Annual statistical returns and brief notes on vaccination in Bengal - 1896-1909
Year: 1896
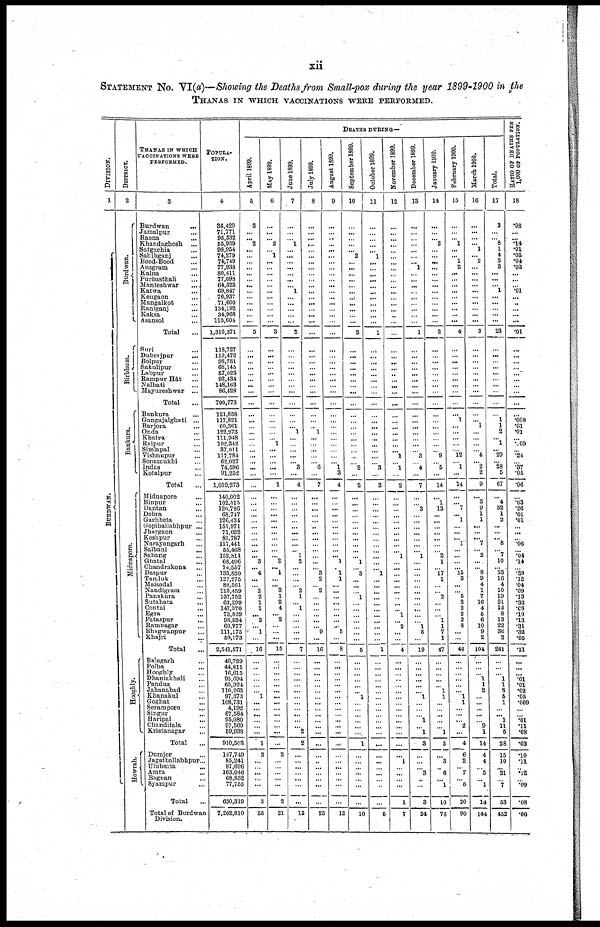
xii
STATEMENT NO. VI(a)—Showing the Deaths from Small-pox during the year 1899-1900 in the
THANAS IN WHICH VACCINATIONS WERE PERFORMED.
DIVISION.
1
BURDWAN.
DISTRICT.
2
Burdwan.
Birbhum.
Bankura.
Midnapore.
Hooghly.
Howrah.
THANAS IN WHICH
VACCINATIONS WERE
PERFORMED.
3
Burdwan...
Jamalpur...
Raona...
Khandaghosh...
Satgachia...
Sahibganj...
Bood-Bood...
Ausgram...
Kalna...
Purbasthali...
Manteshwar...
Katwa...
Keugaon...
Mangalkot...
Raniganj...
Kaksa...
Asansol...
Total...
Suri...
Dubrajpur...
Bolpur...
Sakulipur...
Labpur...
Rampur Hât...
Nalhati...
Mayureshwar...
Total...
Bankura...
Gangajalghati...
Barjora...
Onda...
Khatra...
Rajpur...
Simlapal...
Vishnupur...
Sonamukhi...
Indas...
Kotalpur...
Total...
Midnapore...
Binpur...
Dantan...
Debra...
Garhbeta...
Gopiballabhpur ...
Jhargaon...
Keshpur...
Narayangarh...
Salbani...
Sabang...
Ghatal...
Chandrakona...
Daspur...
Tamluk...
Maisadal...
Nandigram...
Panskura...
Sutahata...
Contai...
Egra...
Pataspur...
Ramnagar...
Bhagwanpur...
Khajri...
Total...
Balagarh...
Polba...
Hooghly...
Dhaniakhali...
Pandua...
Jahanabad...
Khanakul...
Goghat...
Serampore...
Singur...
Haripal...
Chanditala...
Kristanagar...
Total...
Dumjor...
Jagatballabhpur...
Ulubaria...
Amta...
Bagnan...
Syampur...
Total...
Total of Burdwan
Division.
POPULA-
TION.
4
36,429
71,771
95,332
55,939
98,954
74,279
74,749
77,938
80,411
77,098
64,323
69,847
76,937
71,600
134,192
34,968
115,604
1,310,371
118,727
119,472
98,781
68,145
57,623
93,434
148,163
86,428
790,773
121,858
117,821
60,361
122,273
111,948
102,342
37,011
117,784
62,027
74,596
91,252
1,019,273
140,002
102,515
120,786
68,747
126,434
151,971
71,022
83,787
117,441
55,468
152,811
68,496
74,557
133,830
127,275
89,561
110,459
137,752
63,299
147,370
73,829
93,534
69,277
111,175
50,173
2,541,571
46,729
44,811
16,615
95,694
65,924
110,263
97,373
108,731
4,192
67,584
95,080
97,569
59,938
910,503
147,749
85,241
87,696
163,046
68,832
77,755
630,319
7,202,810
DEATHS DURING—
April 1899.
5
3
...
... 2
...
...
...
...
...
...
...
...
...
...
...
...
...
5
...
...
...
...
...
...
...
...
...
...
...
...
...
...
...
...
... ...
...
...
...
...
...
...
...
...
...
...
...
...
...
... 3
... 4
...
...
2
2
1
1
...
2
...
1
...
16
...
..
...
...
...
... 1
...
...
...
...
...
...
1
3
...
...
...
...
...
3
25
May 1899.
6
...
...
... 2
...
1
...
...
...
...
...
...
...
...
...
...
...
3
...
...
...
...
...
...
...
...
...
...
...
...
...
...
1
...
...
...
...
...
1
...
...
...
...
...
...
...
...
...
...
...
2
... 1
...
... 3
1
2
4
... 2
...
...
...
15
...
...
...
...
...
...
...
...
...
...
...
...
...
...
2
...
...
...
...
...
2
21
June 1899.
7
...
...
...
1
...
...
...
...
...
...
... 1
...
...
...
...
...
2
...
...
...
...
...
...
...
...
...
...
...
... 1
...
...
...
...
...
3
...
4
...
...
...
...
...
...
...
...
... ...
1
2
...
...
...
...
2
1
...
1
...
...
...
...
...
7
...
...
...
...
...
...
...
...
...
...
...
...
2
2
...
...
...
...
...
...
...
15
July 1899.
8
...
...
...
...
...
...
...
...
...
...
...
...
...
...
...
...
...
...
...
...
...
...
...
...
...
...
...
...
...
... 1
...
...
...
...
... 6
...
7
...
...
...
... ...
...
...
...
...
...
...
...
...
3
2
...
2
...
...
...
...
...
...
9
...
16
...
...
...
...
...
...
...
...
...
...
...
...
...
...
...
...
...
...
...
...
...
23
August 1899.
9
...
...
..
...
...
...
...
...
...
...
...
...
...
...
...
...
...
...
...
...
...
...
...
...
...
...
...
...
...
...
...
...
...
...
...
... 1
3
4
...
...
...
...
...
...
...
...
...
...
... 1
...
1
1
...
...
...
...
...
...
...
... 5
...
8
...
...
...
...
...
...
...
...
...
...
...
...
...
...
...
...
...
...
...
...
...
12
September 1899.
10
...
...
...
...
...
2
...
...
...
...
...
...
...
...
...
...
...
2
...
...
...
...
...
...
...
...
...
...
...
...
...
...
...
...
...
...
2
...
2
...
...
...
...
...
...
...
...
...
...
...
1
...
3
...
...
...
1
...
...
...
...
...
...
...
5
...
...
...
...
...
...
1
...
...
...
...
...
...
1
...
...
...
...
...
...
...
10
October 1899.
11
...
...
...
...
... 1
...
...
...
...
...
...
...
...
...
...
...
1
...
... ...
...
...
...
...
...
...
...
...
...
...
...
...
...
...
...
3
...
3
...
...
...
...
...
...
...
...
...
...
...
...
...
1
...
...
...
...
...
...
...
...
...
...
...
1
...
...
...
...
...
...
...
...
...
...
...
...
...
...
...
...
...
...
...
...
...
5
November 1899.
12
...
...
...
...
...
...
...
...
...
...
...
...
...
...
...
...
...
...
...
...
...
...
...
...
...
...
...
...
...
...
...
...
...
... 1
... 1
...
2
...
...
...
...
...
...
...
...
...
...
1
...
...
...
...
...
...
...
...
...
1
...
2
...
...
4
...
...
...
...
...
...
...
...
...
...
...
...
...
...
...
1
...
...
...
...
1
7
December 1899.
13
...
...
...
...
...
...
...
1
...
...
...
...
...
...
...
...
...
1
...
...
...
...
...
...
...
...
...
...
... ...
...
...
...
...
3
...
4
...
7
...
...
3
...
...
...
...
...
...
...
1
...
...
...
...
...
...
...
...
...
...
...
1
5
...
10
...
...
...
...
...
...
1
...
...
...
1
...
1
3
...
...
...
3
...
...
3
24
January 1900.
14
...
...
... 2
...
... ...
...
...
...
...
...
...
...
...
...
...
2
...
...
...
...
...
...
...
...
...
...
...
...
...
...
...
... 9
...
5
...
14
...
1
13
...
...
...
...
...
...
...
2
1
... 17
1
...
...
2
...
...
...
1
1
7
1
47
...
...
...
...
...
1
1
...
...
...
...
...
1
3
...
3
...
6
...
1
10
76
February 1900.
15
...
...
...
1
...
... 1
2
...
...
...
...
...
...
...
...
...
4
...
...
...
...
...
...
...
...
...
...
1
...
...
...
...
...
12
...
1
...
14
...
... 7
... 1
...
...
... 1
...
...
...
... 15
3
...
...
5
2
2
2
2
8
...
...
48
...
...
...
...
...
... 1
1
...
...
... 2
...
4
6
2
... 7
...
5
20
90
March 1900.
16
...
...
...
... 1
... 2
...
...
...
...
...
...
...
...
...
...
3
...
...
...
...
...
...
...
...
...
...
... 1
...
...
...
...
4
... 2
2
9
...
3
9
1
1
...
...
... 7
...
2
...
... 8
9
4
1
7
16
4
5
6
10
9
2
104
...
...
...
1
1
2
...
...
...
...
...
9
1
14
4
4
...
5
...
1
14
144
Total.
17
3
...
... 8
1
4
3
3
...
...
...
1
...
...
...
...
...
23
...
...
...
...
...
...
...
...
...
...
1
1
2
... 1
... 29
...
28
5
67
...
4
32
1
2
...
...
... 8
... 7
10
... 53
16
4
10
19
21
12
8
13
22
36
3
281
...
...
... 1
1
3
5
1
...
... 1
11
5
28
15
10
... 21
...
7
53
452
RATIO OF DEATHS PER
1,000 OF POPULATION.
18
.08
...
... .14
.01
.05
.04
.03
...
...
...
.01
... ...
...
...
...
.01
...
...
...
...
...
...
...
...
...
...
.008
.01
.01
...
.09
... .24
...
.37
.05
.06
...
.03
.26
.01
.01
...
...
... .06
...
.04
.14
...
.39
.12
.04
.09
.13
.33
.08
.10
.13
.31
.32
.06
.11
...
...
... .01
.01
.02
.05
.009
...
...
.01
.11
.08
.03
.10
.11
...
.12
...
.09
.08
.06